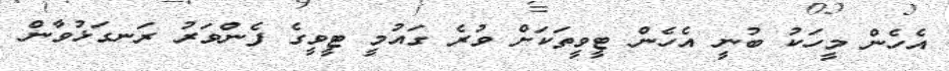
އެހެން މީހަކު ބުނީ އެހެން ޓީވީތަކަށް ވުރެ ގައުމީ ޓީވީގެ ފެންވަރު ރަނގަޅުވާން